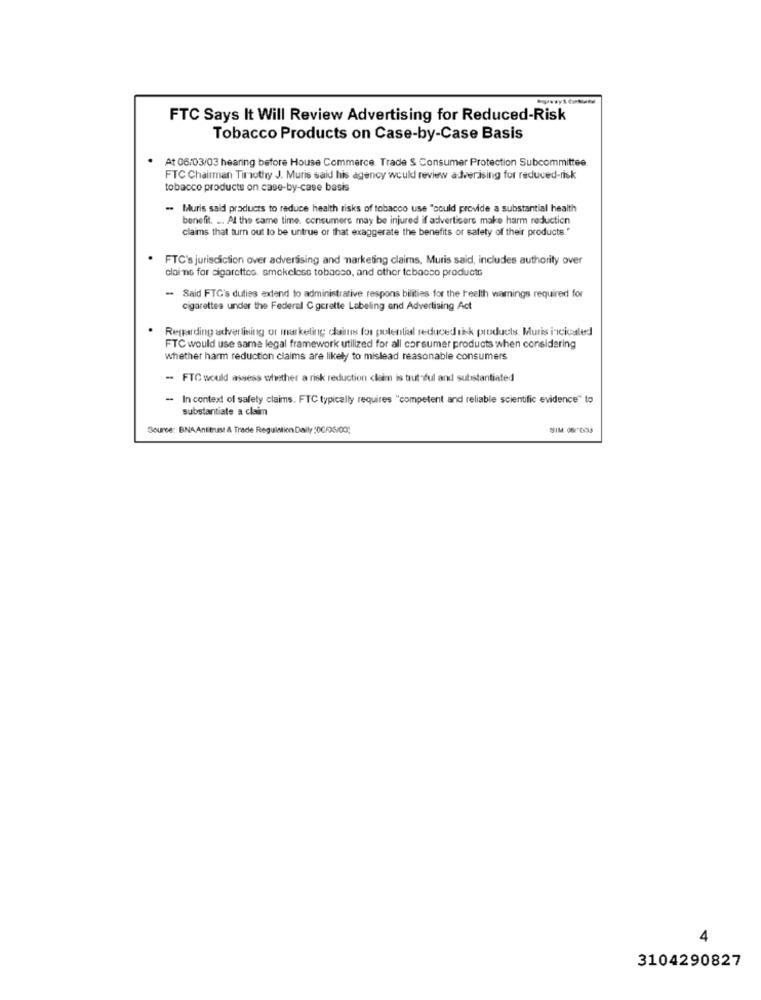
FTC Says It Will Review Advertising for Reduced-Risk
Tobacco Products on Case-by-Case Basis
At 06/03/03 hearing before House Commerce. Trade & Consumer Protection Subcommittee.
FTC Chairman Timothy J. Muris said his agency would review advertising for reduced-risk
tobacco products on case-by-case basis
- Muris said products to reduce health risks of tobacco use "could provide a substantial health
benefit. .. At the same time. consumers may be injured if advertisers make harm reduction
claims that turn out to be untrue or that exaggerate the benefits or safety of their products."
FTC's jurisdiction over advertising and marketing claims, Muris said, includes authority over
clai no for cigarettes. smokeless tobacco, and other tobacco products
- Said FTG's duties extend to administrative respons bilities for the health warnings required for
cigarettes under the Federal C gerette Labeling and Advertising Act
Regarding advertising or marketing claims for potential reduced risk products. Muris incicaled
FTC would use same legal framework utilized for all corsumer products when considering
whether harm reduction claims are likely to mislead reasonable consumers
- FTC would assess whether a risk reduction claim is trut-ful and substantiated
In context of safety claims. FTC typically requires "competent and reliable scientific evidence" to
substantiate a claim
Source: BNAAntitrust & Trade Regulation Daily :00/06/00;
4
3104290827